Source: Handwritten
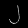
Digit: ၂ (2)